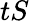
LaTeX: tS